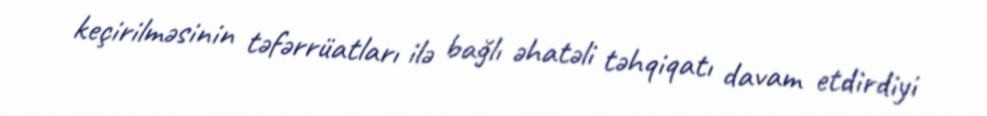
keçirilməsinin təfərrüatları ilə bağlı əhatəli təhqiqatı davam etdirdiyi